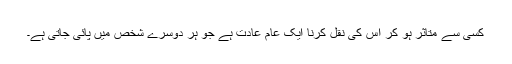
﻿کسی سے متاثر ہو کر اس کی نقل کرنا ایک عام عادت ہے جو ہر دوسرے شخص میں پائی جاتی ہے۔